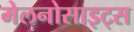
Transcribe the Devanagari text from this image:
मेलनोसाइट्स